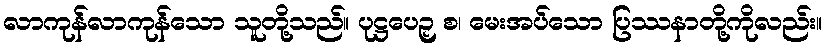
လာကုန်လာကုန်သော သူတို့သည်။ ပုဋ္ဌပေဉှ စ၊ မေးအပ်သော ပြဿနာတို့ကိုလည်း။